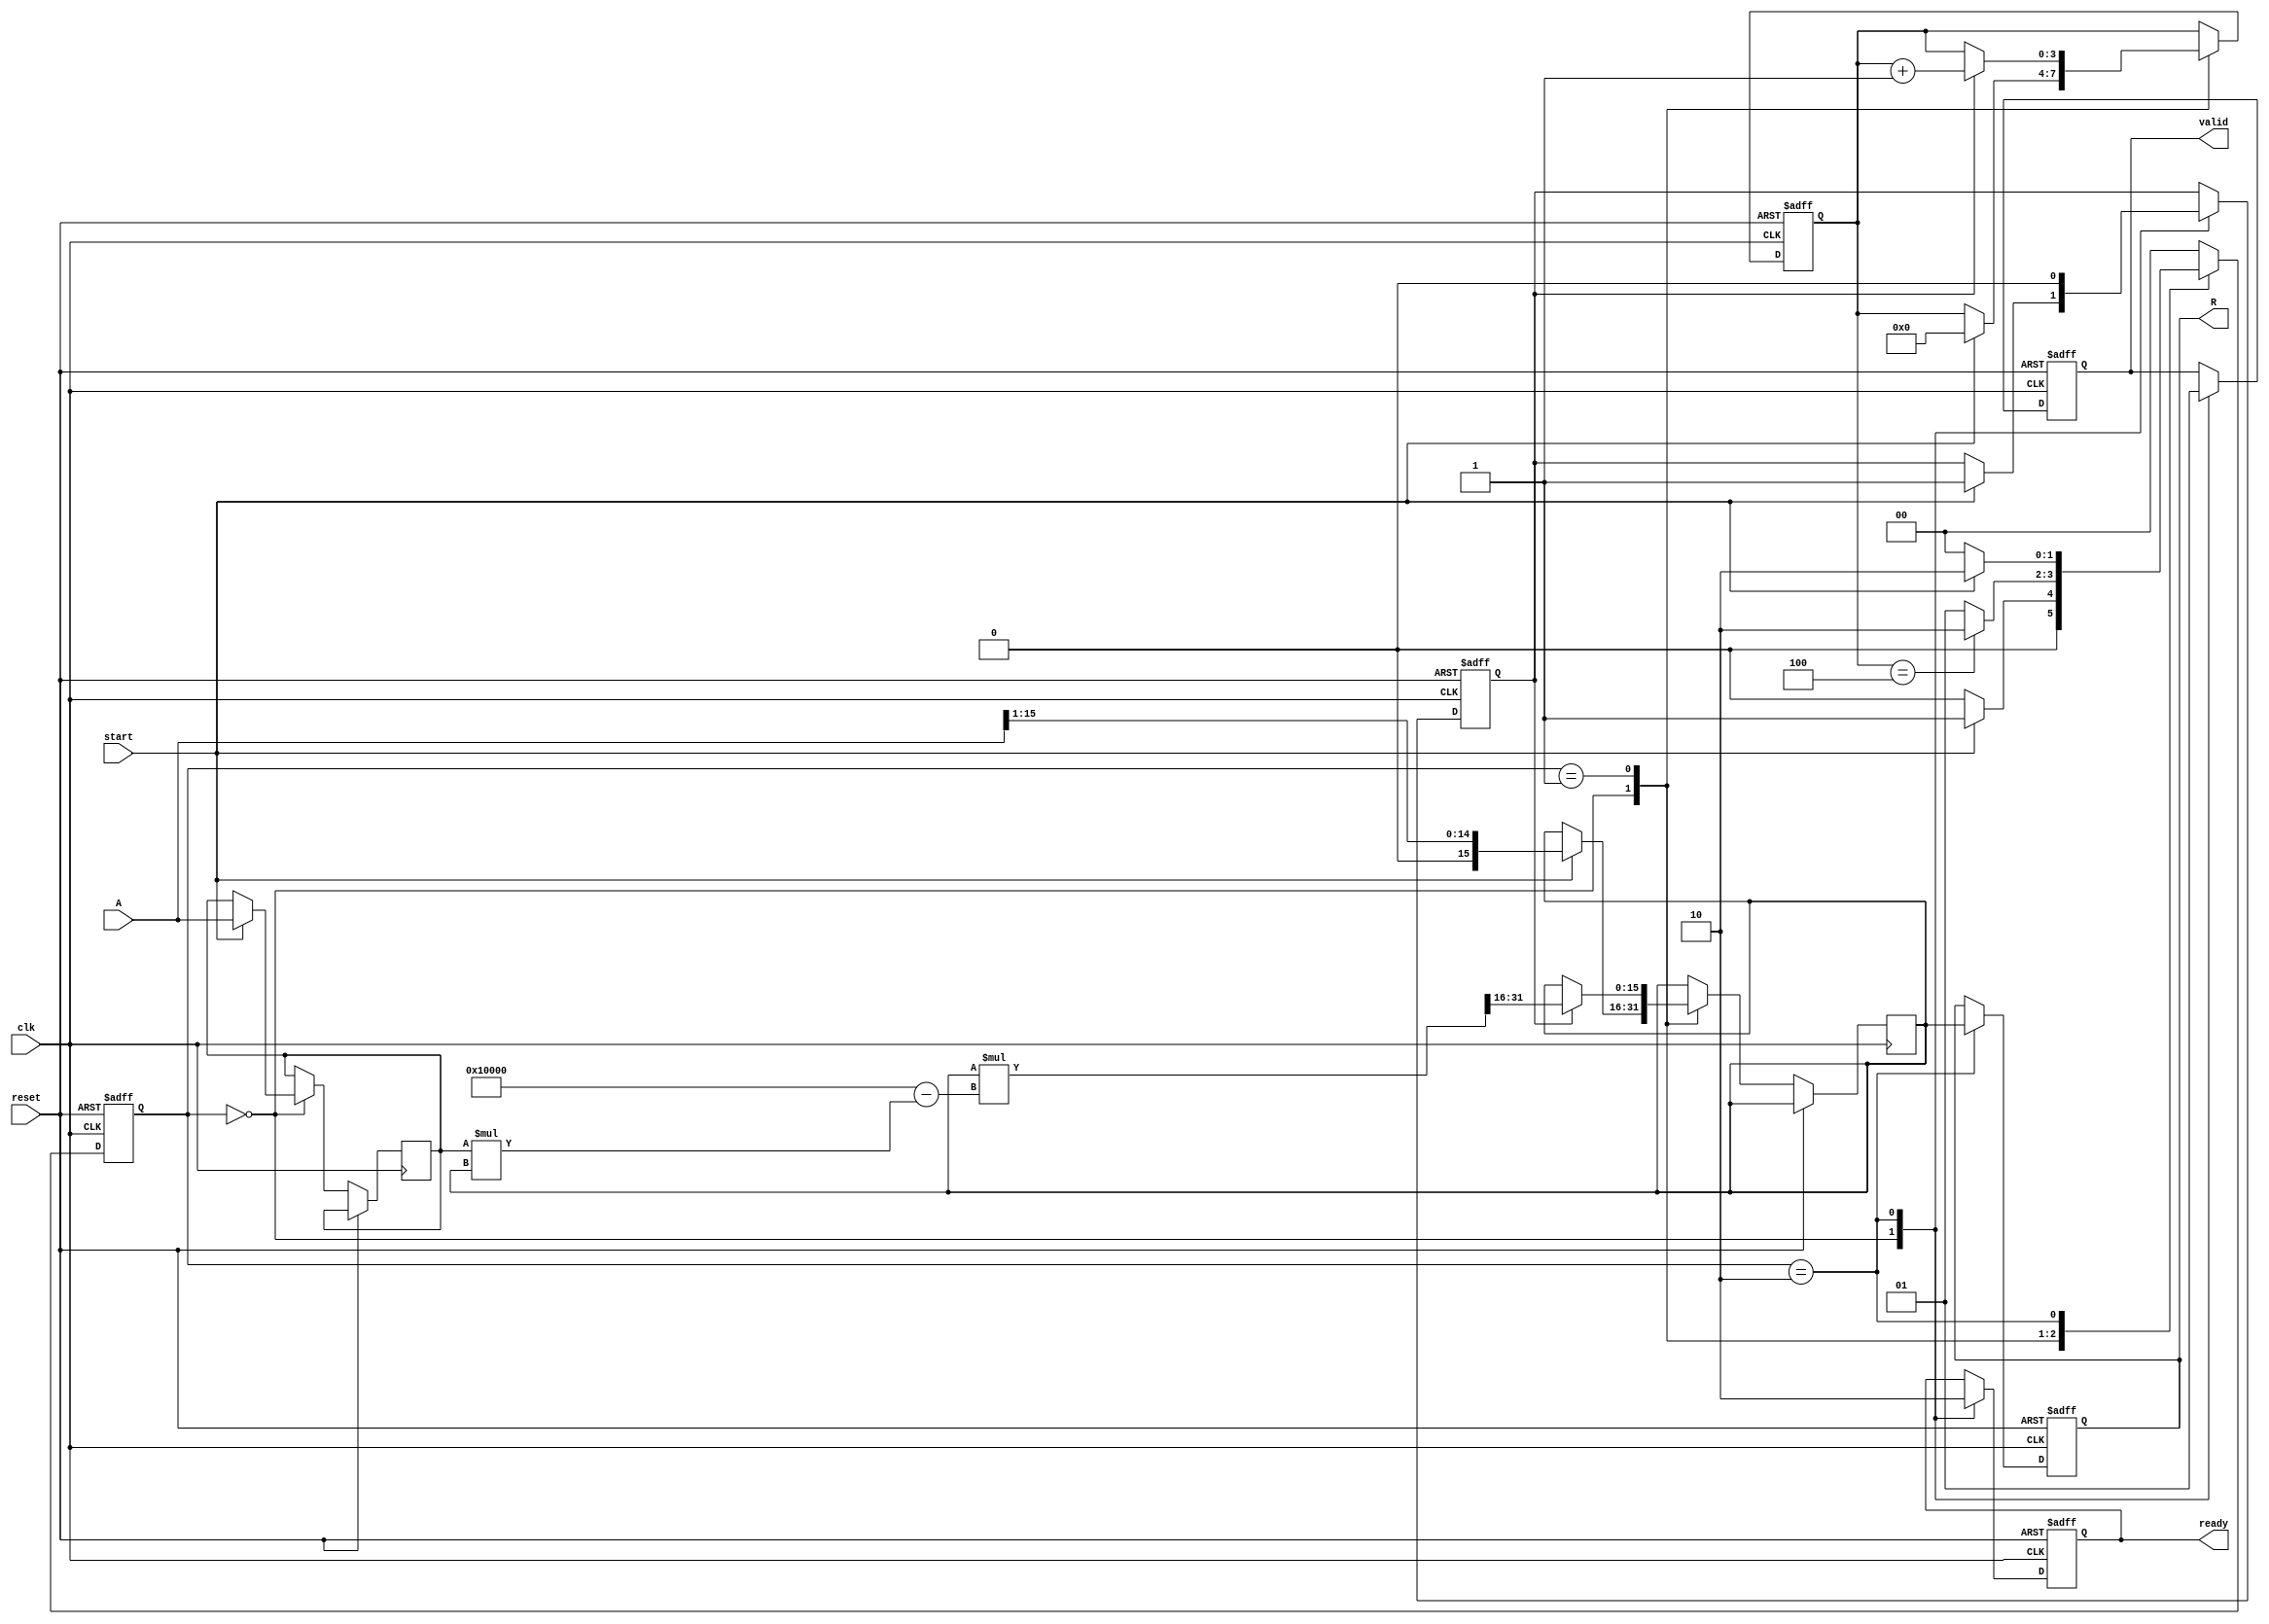
module RUnit #(
    parameter N = 16,  // Bit width for input and output
    parameter ITERATIONS = 4  // Number of iterations for Newton-Raphson
)(
    input wire clk,
    input wire reset,
    input wire start,
    input wire [N-1:0] A,
    output reg [N-1:0] R,
    output reg valid,
    output reg ready
);

    // Internal registers
    reg [N-1:0] x;  // Current approximation
    reg [N-1:0] input_reg;  // Register to hold input A
    reg [3:0] iteration_count;  // Counter for iterations
    reg computing;  // Flag to indicate computing state

    // State machine states
    localparam IDLE = 2'b00;
    localparam COMPUTING = 2'b01;
    localparam OUTPUT = 2'b10;
    reg [1:0] state, next_state;

    // Combinational logic for state transitions
    always @(*) begin
        case (state)
            IDLE: begin
                if (start) begin
                    next_state = COMPUTING;
                end else begin
                    next_state = IDLE;
                end
            end
            COMPUTING: begin
                if (iteration_count == ITERATIONS) begin
                    next_state = OUTPUT;
                end else begin
                    next_state = COMPUTING;
                end
            end
            OUTPUT: begin
                if (!start) begin
                    next_state = IDLE;
                end else begin
                    next_state = OUTPUT;
                end
            end
            default: next_state = IDLE;
        endcase
    end

    // Sequential logic for state transitions and computations
    always @(posedge clk or posedge reset) begin
        if (reset) begin
            state <= IDLE;
            R <= 0;
            valid <= 0;
            ready <= 1;
            iteration_count <= 0;
            computing <= 0;
        end else begin
            state <= next_state;

            case (state)
                IDLE: begin
                    valid <= 0;
                    ready <= 1;
                    if (start) begin
                        input_reg <= A;
                        x <= {1'b0, A[N-1:1]};  // Initial guess: 0.5 * A
                        iteration_count <= 0;
                        computing <= 1;
                    end
                end
                COMPUTING: begin
                    if (computing) begin
                        x <= x * (2**N - input_reg * x) >> N;  // Newton-Raphson iteration
                        iteration_count <= iteration_count + 1;
                    end
                end
                OUTPUT: begin
                    R <= x;
                    valid <= 1;
                    ready <= 0;
                    computing <= 0;
                end
            endcase
        end
    end

endmodule